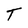
Character: T